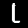
Digit: 1